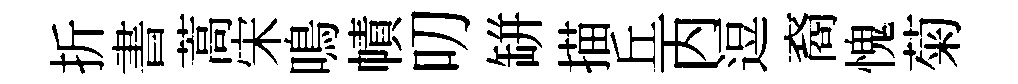
折書蒿宋鳴幘叨缾描丘丙逗裔愧菊